Report on the Nagpur School of Medicine, Central Provinces
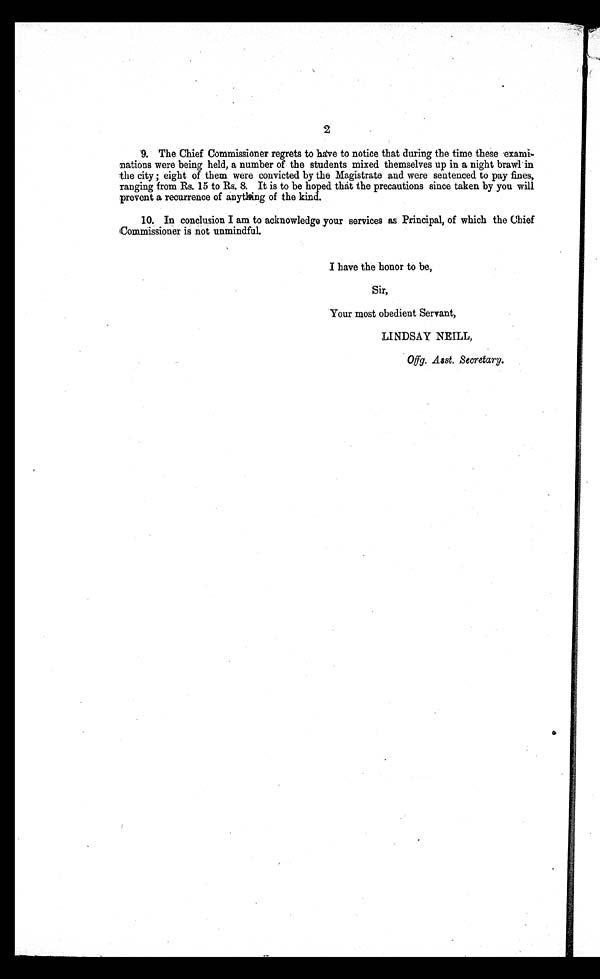
2
9. The Chief Commissioner regrets to have to notice that during the time these
exami-nations were being held, a number of the students mixed themselves up in a night brawl in
the city; eight of them were convicted by the Magistrate and were sentenced to pay fines,
ranging from Rs. 15 to Rs. 8. It is to be hoped that the precautions since taken by you will
prevent a recurrence of anything of the kind.
10. In conclusion I am to acknowledge your services as Principal, of which the Chief
Commissioner is not unmindful.
I have the honor to be,
Sir,
Your most obedient Servant,
LINDSAY NEILL,
Offg. Asst. Secretary.